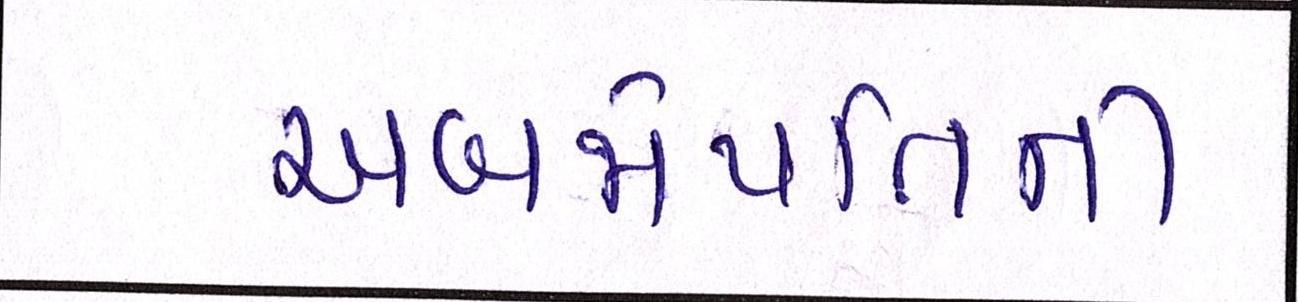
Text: અબજોપતિની